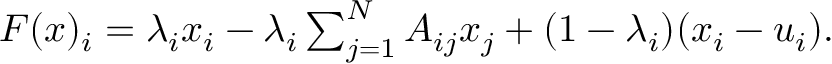
\begin{array} { r } { F ( { \boldsymbol x } ) _ { i } = \lambda _ { i } x _ { i } - \lambda _ { i } \sum _ { j = 1 } ^ { N } A _ { i j } x _ { j } + ( 1 - \lambda _ { i } ) ( x _ { i } - u _ { i } ) . } \end{array}